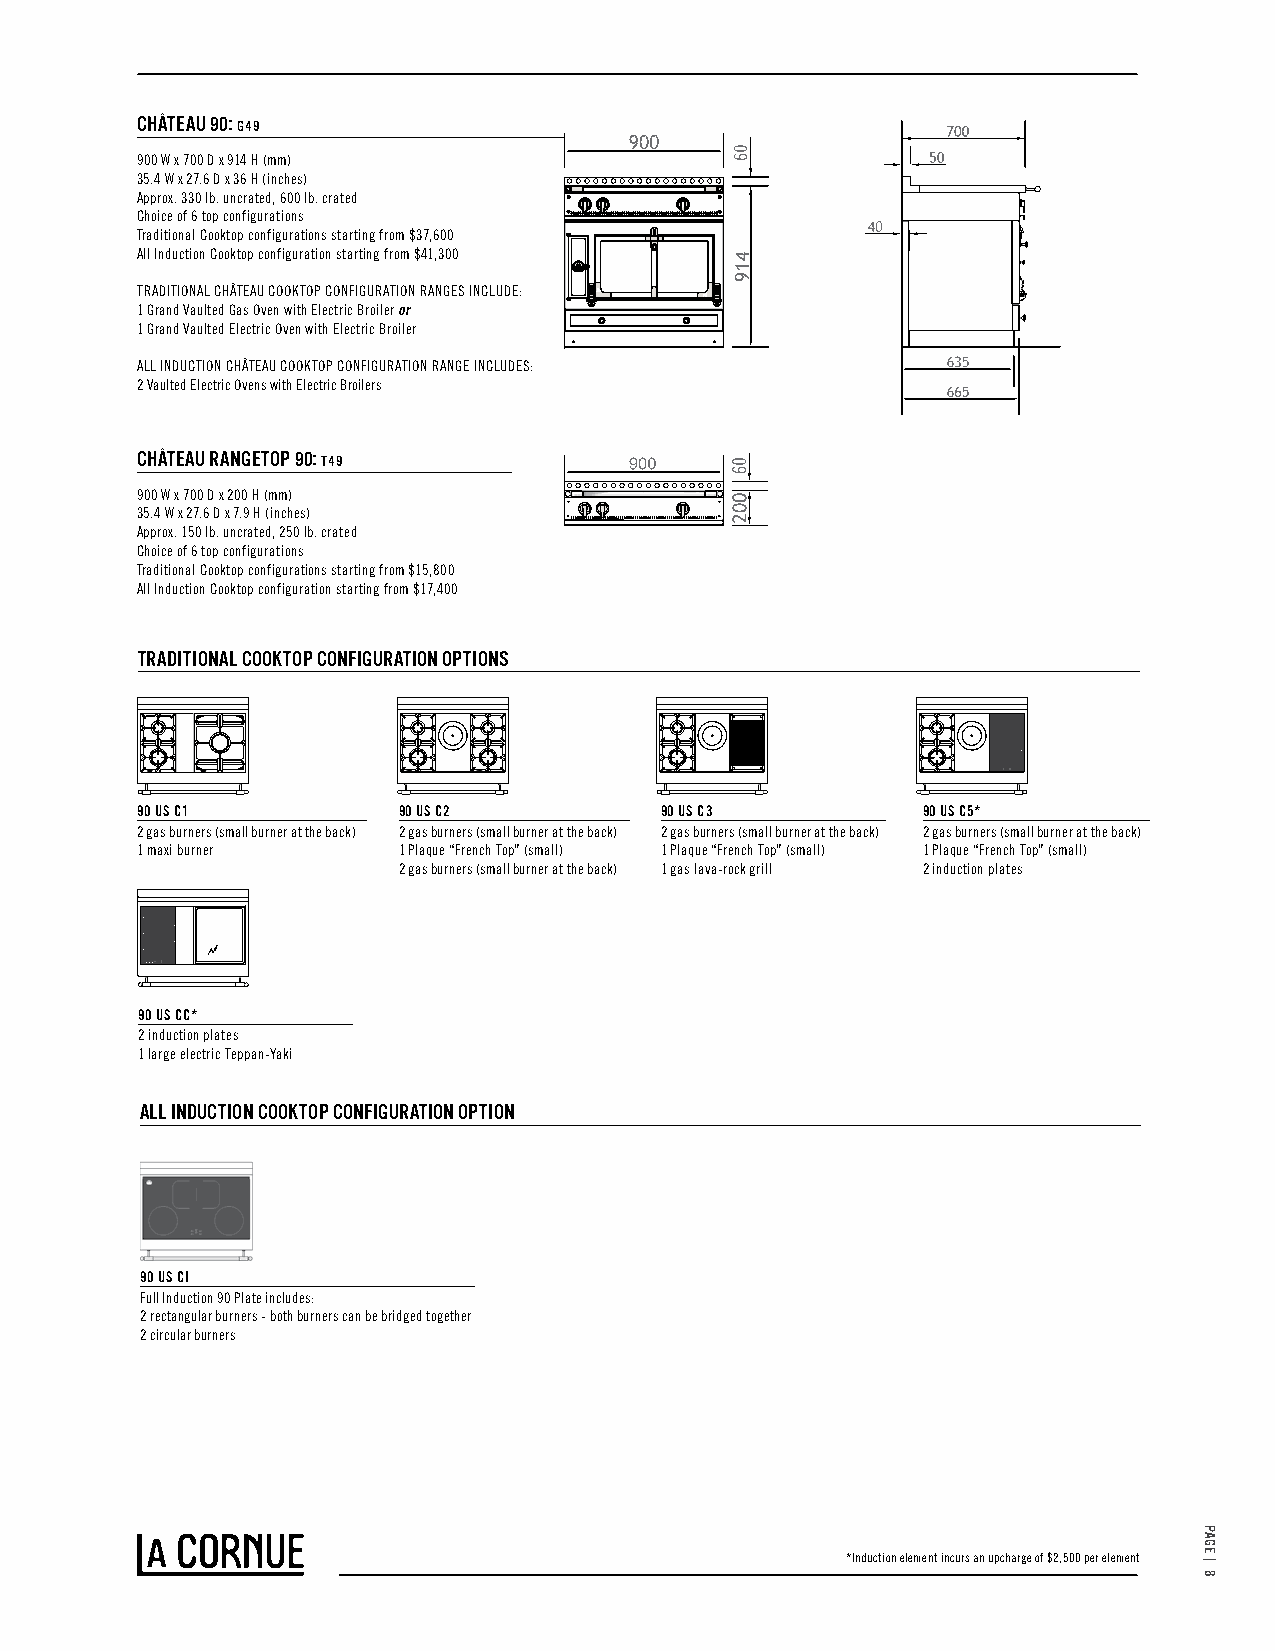
CHÂTEAU 90: G49
 900 W x 700 D x 914 H (mm)
 35.4 W x 27.6 D x 36 H (inches)
 Approx. 330 lb. uncrated, 600 lb. crated
 Choice of 6 top configurations
 Traditional Cooktop configurations starting from $37,600
 All Induction Cooktop configuration starting from $41,300
 TRADITIONAL CHÂTEAU COOKTOP CONFIGURATION RANGES INCLUDE:
 1 Grand Vaulted Gas Oven with Electric Broiler or
 1 Grand Vaulted Electric Oven with Electric Broiler
 ALL INDUCTION CHÂTEAU COOKTOP CONFIGURATION RANGE INCLUDES:
 2 Vaulted Electric Ovens with Electric Broilers
 CHÂTEAU RANGETOP 90: T49
 900 W x 700 D x 200 H (mm)
 35.4 W x 27.6 D x 7.9 H (inches)
 Approx. 150 lb. uncrated, 250 lb. crated
 Choice of 6 top configurations
 Traditional Cooktop configurations starting from $15,800
 All Induction Cooktop configuration starting from $17,400
 TRADITIONAL COOKTOP CONFIGURATION OPTIONS
 90 US C1         90 US C2          90 US C3         90 US C5*
 2 gas burners (small burner at the back) 2 gas burners (small burner at the back) 2 gas burners (small burner at the back) 2 gas burners (small burner at the back)
 1 maxi burner    1 Plaque “French Top” (small) 1 Plaque “French Top” (small) 1 Plaque “French Top” (small)
 2 gas burners (small burner at the back) 1 gas lava-rock grill 2 induction plates
 90 US CC*
 2 induction plates
 1 large electric Teppan-Yaki
 ALL INDUCTION COOKTOP CONFIGURATION OPTION
 90 US CI
 Full Induction 90 Plate includes:
 2 rectangular burners - both burners can be bridged together
 2 circular burners
 *Induction element incurs an upcharge of $2,500 per element
 PAGE
 |
 8